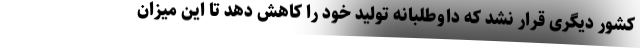
کشور دیگری قرار نشد که داوطلبانه تولید خود را کاهش دهد تا این میزان